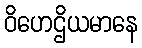
ဝိဟေဌိယမာနေ